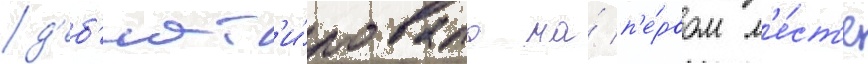
д'еб'ют'и́ровала на́ п'е́рвом м'е́ст'е